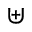
\uplus